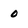
Character: 0